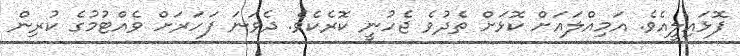
ފޮޅައިލީއެވެ. އަމިއްލައަށް ކޮޅަށް ތެދުވެ ޖެހުނީ ކޮރެކެވެ. ދެވަނަ ފަހަރަށް ވެއްޓުމުގެ ކުރިން